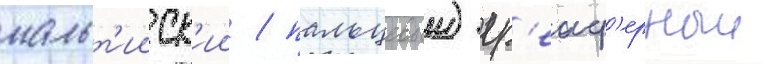
мальт'ииск'ии / пальцевыи) гр'еиф'ерныи